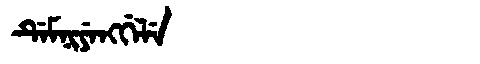
Manchu: ᡩᡝᠮᠨᡳᠶᡝᠩᡤᡝᠯᡝ
Romanization: DEMNIYENGGELE